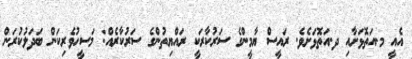
އެއީ މ.އަތޮޅަށާއި ދ.އަތޮޅަށެވެ. ރައީސް ޔާމީންގެ ސަރުކާރަކީ ރައްޔިތުންގެ ސަރުކާރެއް: މަސީހުވެރިކަން ބަދަލުކުރަން